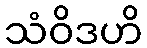
သံဝိဒဟိ